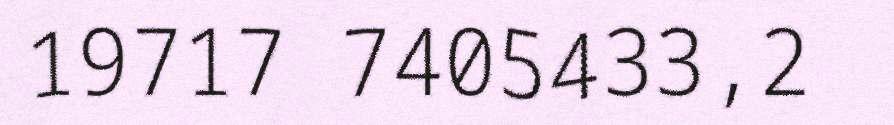
19717 7405433,2